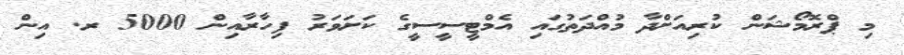
މި ޕްރޮމޯޝަން ކުރިއަަށްދާ މުއްދަތުގައި އެމްޓީސީސީގެ ކަށަވަރު ފިހާރާއިން 5000 ރ. އިން